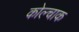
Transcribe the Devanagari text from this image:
कोल्चाक